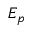
E _ { p }